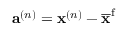
\mathbf { a } ^ { ( n ) } = \mathbf { x } ^ { ( n ) } - \overline { { \mathbf { x } } } ^ { \mathrm { { f } } }